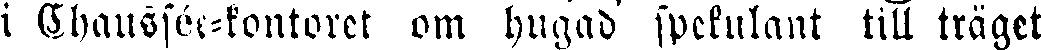
i Chaussée-kontoret om hugad spekulant till träget